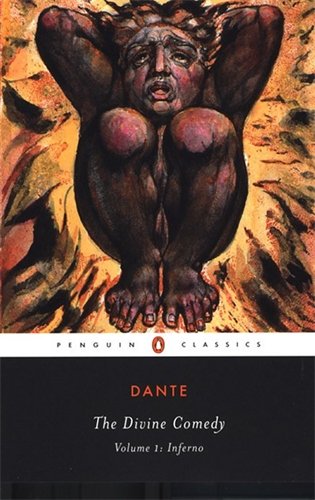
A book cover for The Divine Comedy: Volume 1: Inferno (Penguin Classics); Dante Alighieri; Literature & Fiction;